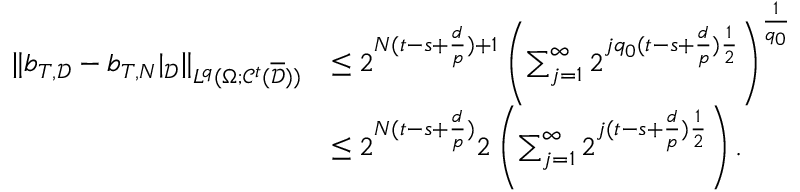
\begin{array} { r l } { \| b _ { T , \mathcal { D } } - b _ { T , N } | _ { \mathcal { D } } \| _ { L ^ { q } ( \Omega ; \mathcal { C } ^ { t } ( \overline { \mathcal { D } } ) ) } } & { \le 2 ^ { N ( t - s + \frac { d } { p } ) + 1 } \left( \sum _ { j = 1 } ^ { \infty } 2 ^ { j q _ { 0 } ( t - s + \frac { d } { p } ) \frac { 1 } { 2 } } \right) ^ { \frac { 1 } { q _ { 0 } } } } \\ & { \le 2 ^ { N ( t - s + \frac { d } { p } ) } 2 \left( \sum _ { j = 1 } ^ { \infty } 2 ^ { j ( t - s + \frac { d } { p } ) \frac { 1 } { 2 } } \right) . } \end{array}